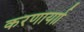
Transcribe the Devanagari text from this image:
करणार्याा